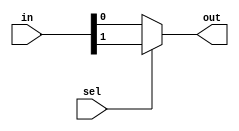
`timescale 1ns / 1ps
//////////////////////////////////////////////////////////////////////////////////
// Company: 
// Engineer: 
// 
// Design Name: 
// Module Name: Mux2to1
// Project Name: 
// Target Devices: 
// Tool Versions: 
// Description: 
// 
// Dependencies: 
// 
// Revision:
// Revision 0.01 - File Created
// Additional Comments:
// 
//////////////////////////////////////////////////////////////////////////////////

module Mux2to1(
    input [1:0]in, input sel, 
    output out);
    
    assign out = sel ? in[1] : in[0];  
  
endmodule